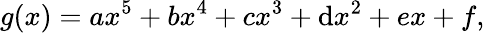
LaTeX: g(x)=ax^{5}+bx^{4}+cx^{3}+\mathrm{d}x^{2}+ex+f,